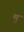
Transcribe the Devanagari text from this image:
म॒